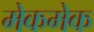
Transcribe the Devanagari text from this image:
मेकमेक